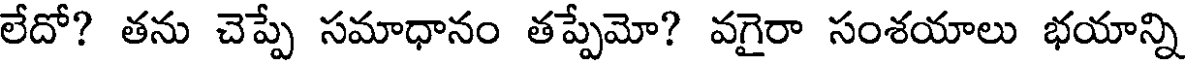
లేదో? తను చెప్పే సమాధానం తప్పేమో? వగైరా సంశయాలు భయాన్ని